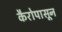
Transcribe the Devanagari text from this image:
कैरोपासून